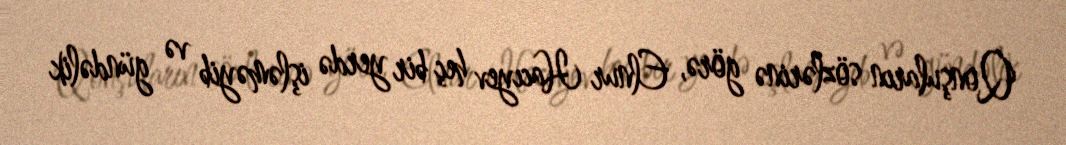
Qonşuların sözlərinə görə, Elnur Hacıyev heç bir yerdə işləməyib və gündəlik